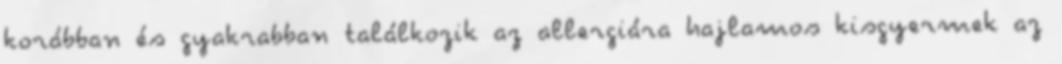
korábban és gyakrabban találkozik az allergiára hajlamos kisgyermek az